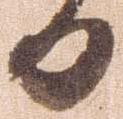
日